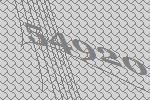
54920